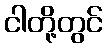
ငါတို့တွင်